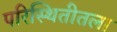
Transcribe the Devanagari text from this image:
परिस्थितीतला